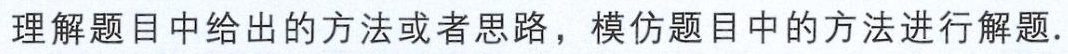
理解题目中给出的方法或者思路，模仿题目中的方法进行解题.